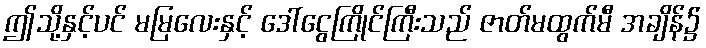
ဤသို့နှင့်ပင် မမြလေးနှင့် ဒေါ်ငွေကြိုင်ကြီးသည် ဇာတ်မထွက်မီ အချိန်၌